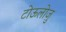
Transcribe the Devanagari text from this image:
टोऊलोज़ु